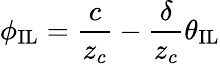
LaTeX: \phi_{\mathrm{{IL}}}=\frac{c}{z_{c}}-\frac{\delta}{z_{c}}\theta_{\mathrm{{IL}}}